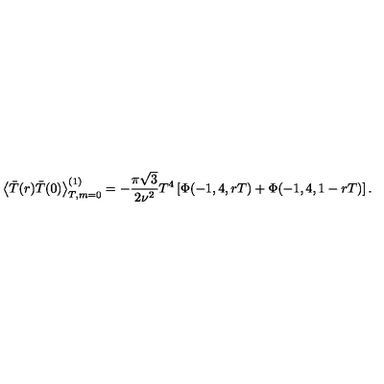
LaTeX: \left\langle \bar { T } ( r ) \bar { T } ( 0 ) \right\rangle _ { T , m = 0 } ^ { ( 1 ) } = - \frac { \pi \sqrt { 3 } } { 2 \nu ^ { 2 } } T ^ { 4 } \left[ \Phi ( - 1 , 4 , r T ) + \Phi ( - 1 , 4 , 1 - r T ) \right] .